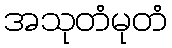
အသုတံမုတံ